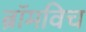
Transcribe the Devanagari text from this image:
ब्रॉमविच